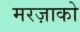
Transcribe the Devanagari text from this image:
मरज़ाको